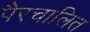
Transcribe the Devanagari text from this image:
पैरचालित